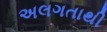
અલગતાથી